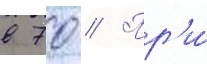
в 70 // Пр'и́